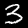
Digit: 3